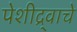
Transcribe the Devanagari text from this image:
पेशीद्र्वाचे